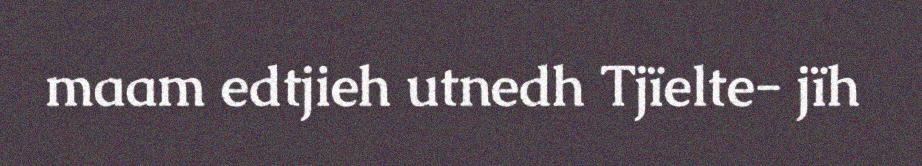
maam edtjieh utnedh Tjïelte- jïh